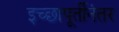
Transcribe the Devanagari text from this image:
इच्छापूर्तीनंतर